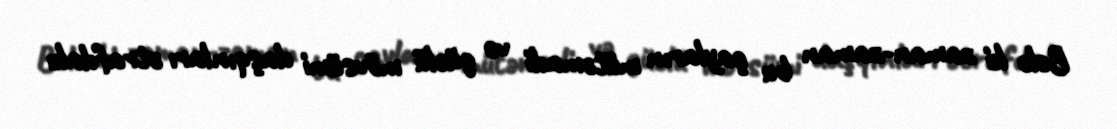
Belə ki zaman-zaman bu çayların mütəmadi və güclü mövsümi daşqınları ətrafdakı